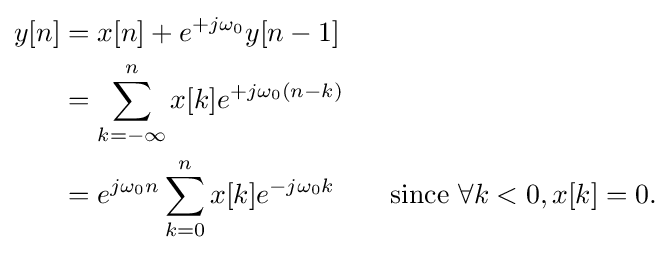
{\begin{aligned}y[n]&=x[n]+e^{+j\omega _{0}}y[n-1]\\&=\sum _{k=-\infty }^{n}x[k]e^{+j\omega _{0}(n-k)}\\&=e^{j\omega _{0}n}\sum _{k=0}^{n}x[k]e^{-j\omega _{0}k}\qquad {\text{since }}\forall k<0,x[k]=0.\end{aligned}}